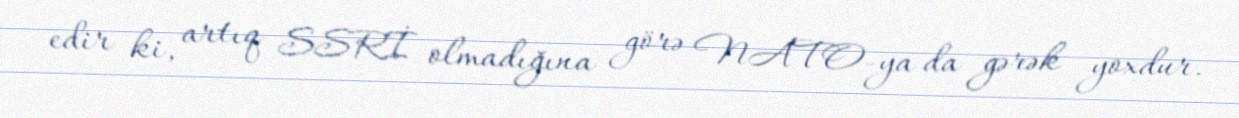
edir ki, artıq SSRİ olmadığına görə NATO-ya da gərək yoxdur.